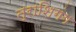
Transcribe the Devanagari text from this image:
त्राशिगंग